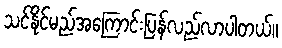
သင်နိုင်မည်အကြောင်းပြန်လည်လာပါတယ်။